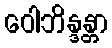
ဝေါဘိန္ဒန္တာ